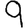
Digit: 9